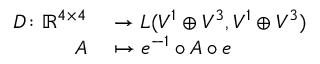
\begin{array} { r l } { D \colon \mathbb R ^ { 4 \times 4 } } & { { } \to L ( V ^ { 1 } \oplus V ^ { 3 } , V ^ { 1 } \oplus V ^ { 3 } ) } \\ { A } & { { } \mapsto e ^ { - 1 } \circ A \circ e } \end{array}